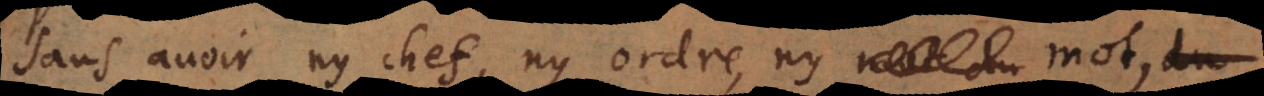
sans avoir ny chef, ny ordre, ny mot,